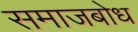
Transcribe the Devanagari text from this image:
समाजबोध